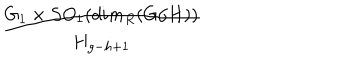
\frac { G _ { 1 } \times S O _ { 1 } ( d i m _ { R } ( G / H ) ) } { H _ { g - h + 1 } }